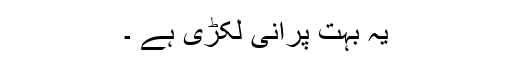
یہ بہت پرانی لکڑی ہے ۔